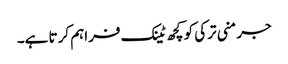
جرمنی ترکی کو کچھ ٹینک فراہم کرتا ہے۔